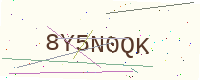
Text: 8Y5N0QK